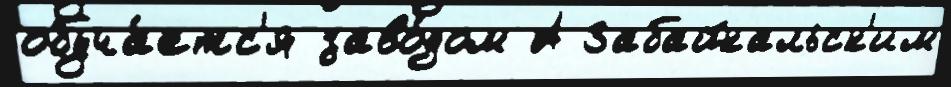
обуча́етс'я заво́дом А Забайкальск'им